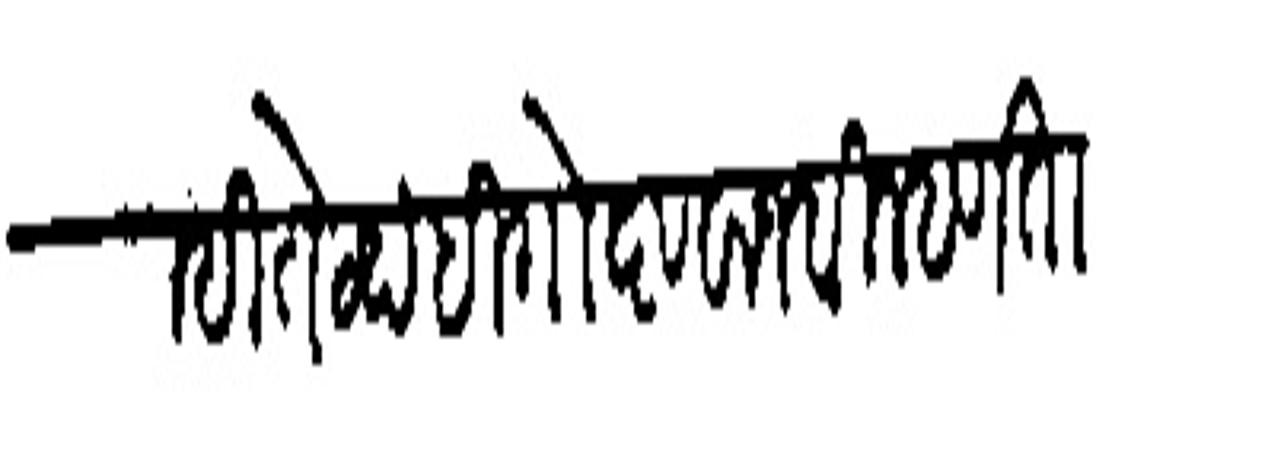
Transliteration (Devanagari): दिन्ही तेय्हा ही गोष्ट वाजवी म्हणतात